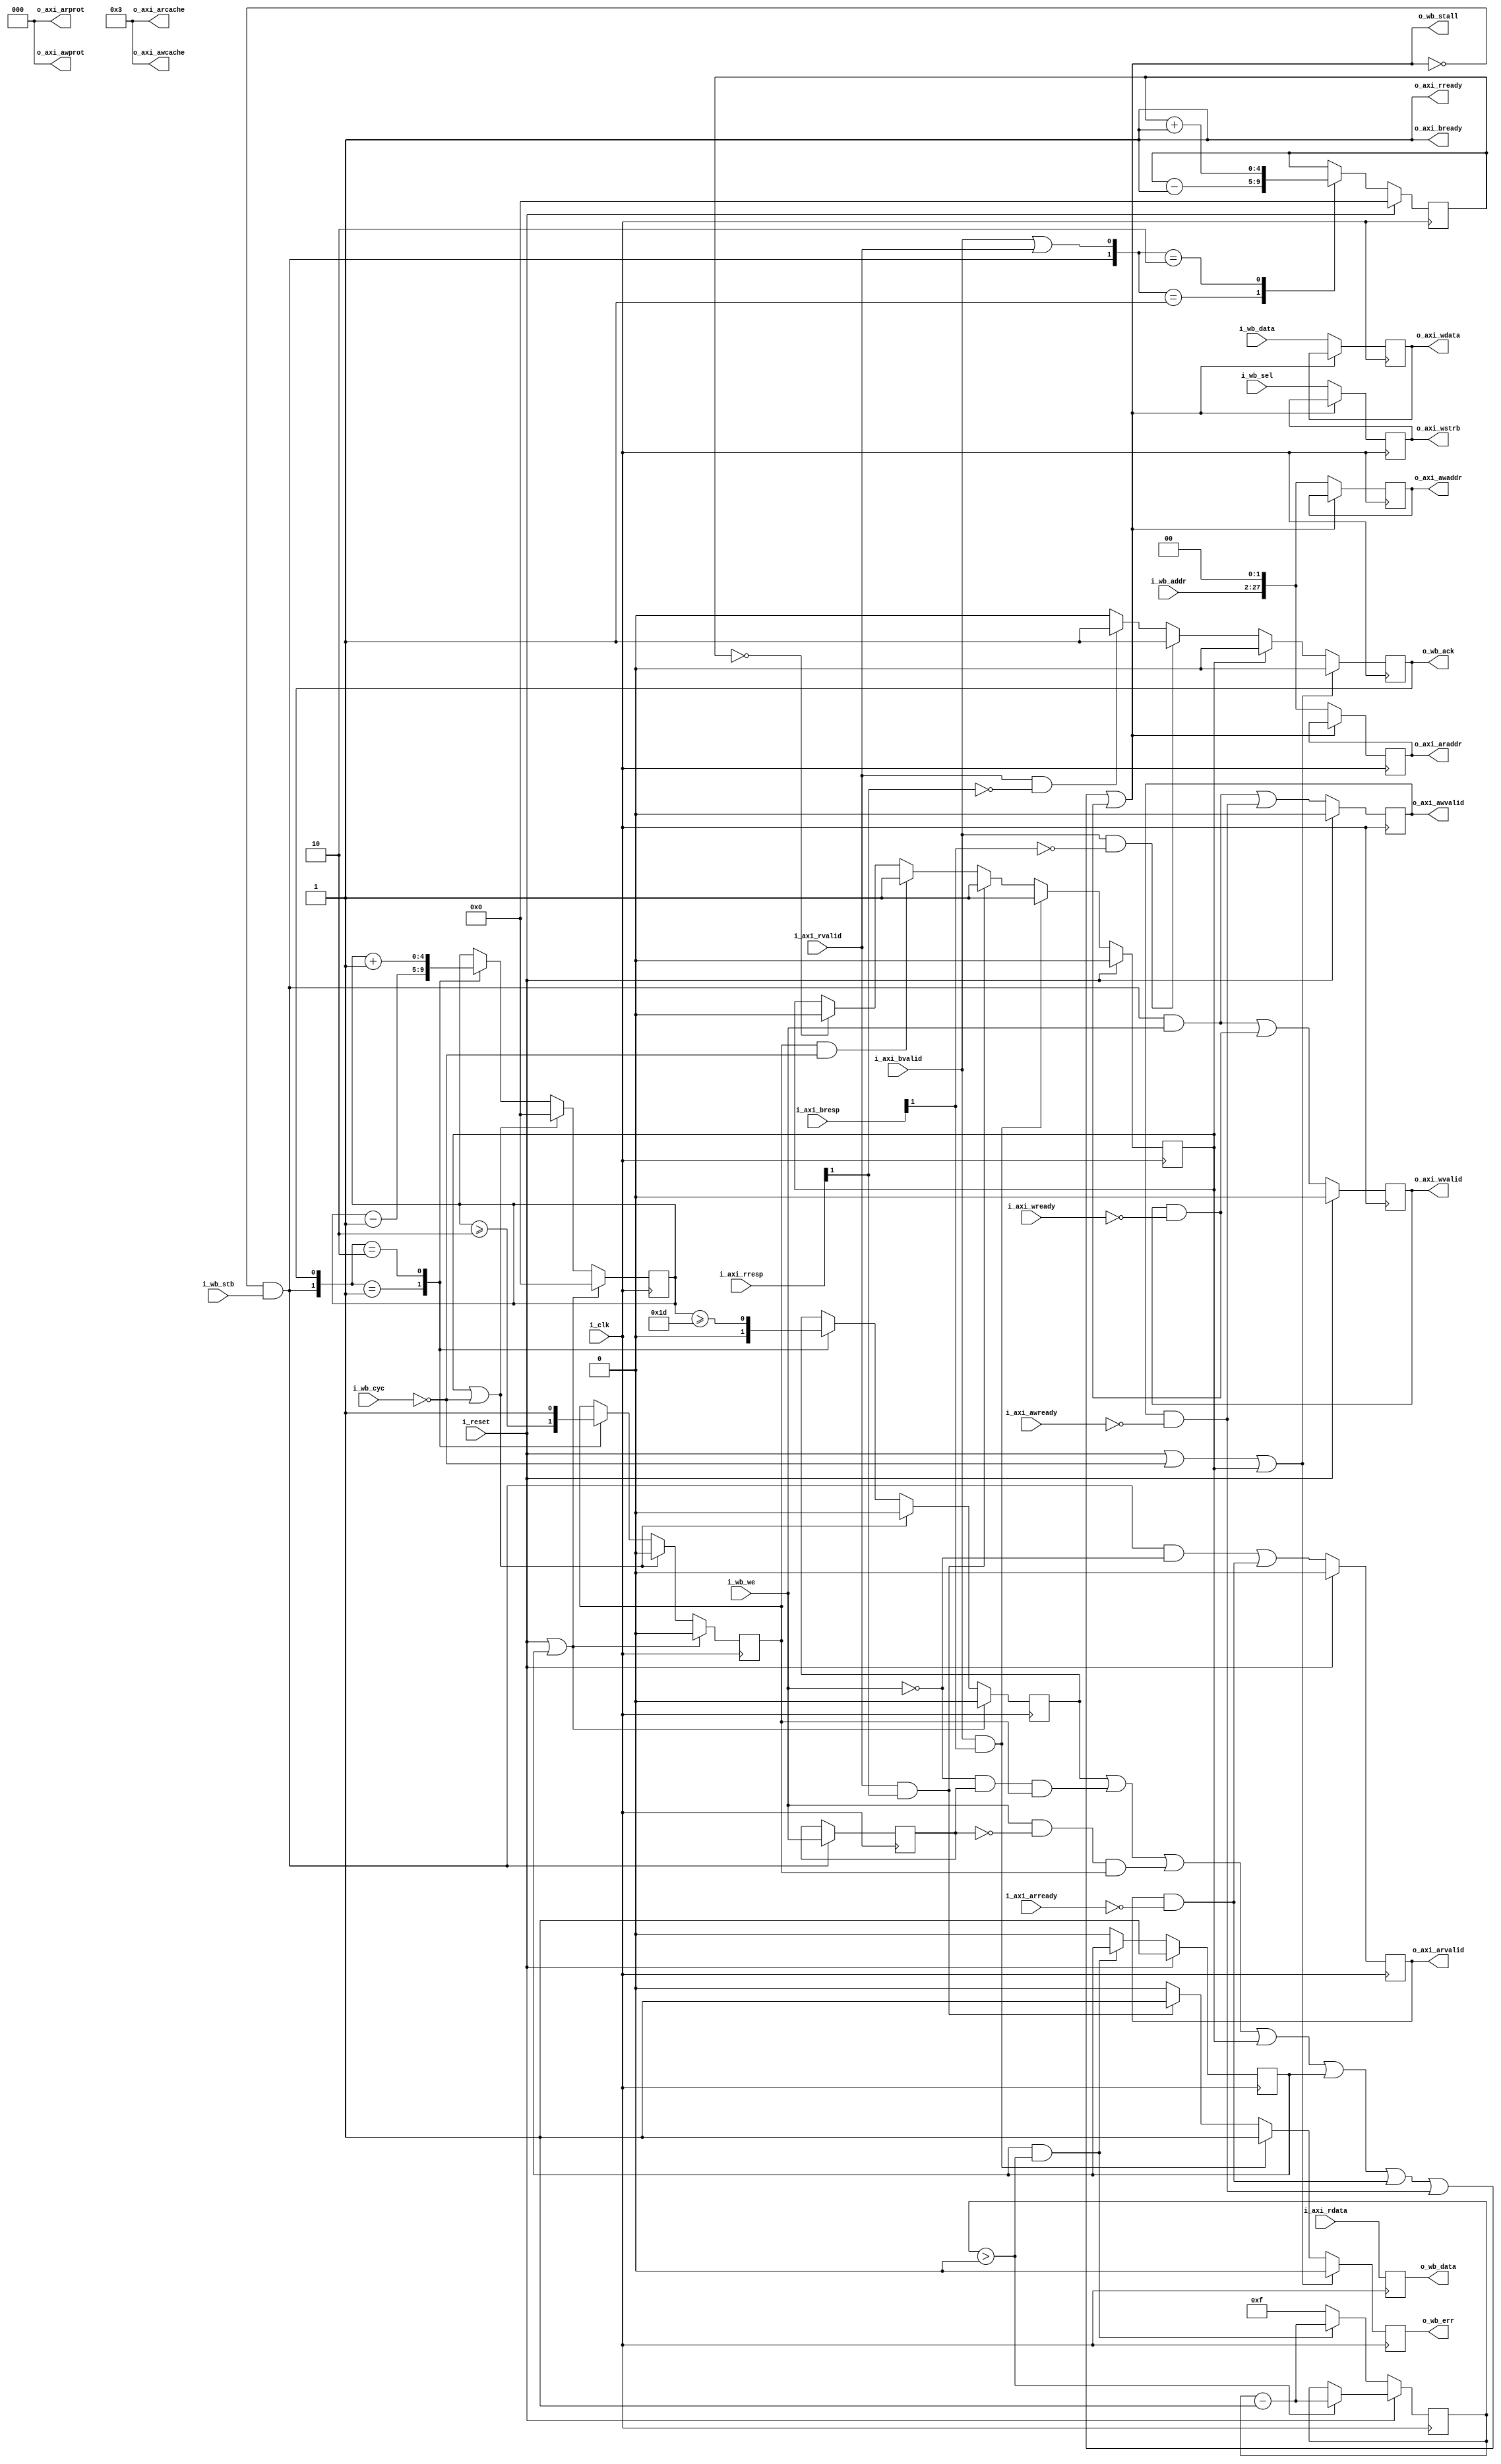
////////////////////////////////////////////////////////////////////////////////
//
//
// Project:	Pipelined Wishbone to AXI converter
//
// Purpose:	Convert from a wishbone master to an AXI lite interface.  The
//		big difference is that AXI lite doesn't support bursting,
//	or transaction ID's.  This actually makes the task a *LOT* easier.
//
// Creator:	Dan Gisselquist, Ph.D.
//		Gisselquist Technology, LLC
//
////////////////////////////////////////////////////////////////////////////////
//
// Copyright (C) 2018-2019, Gisselquist Technology, LLC
//
// This file is part of the pipelined Wishbone to AXI converter project, a
// project that contains multiple bus bridging designs and formal bus property
// sets.
//
// The bus bridge designs and property sets are free RTL designs: you can
// redistribute them and/or modify any of them under the terms of the GNU
// Lesser General Public License as published by the Free Software Foundation,
// either version 3 of the License, or (at your option) any later version.
//
// The bus bridge designs and property sets are distributed in the hope that
// they will be useful, but WITHOUT ANY WARRANTY; without even the implied
// warranty of MERCHANTIBILITY or FITNESS FOR A PARTICULAR PURPOSE.  See the
// GNU Lesser General Public License for more details.
//
// You should have received a copy of the GNU Lesser General Public License
// along with these designs.  (It's in the $(ROOT)/doc directory.  Run make
// with no target there if the PDF file isn't present.)  If not, see
// <http://www.gnu.org/licenses/> for a copy.
//
// License:	LGPL, v3, as defined and found on www.gnu.org,
//		http://www.gnu.org/licenses/lgpl.html
//
////////////////////////////////////////////////////////////////////////////////
//
//
`default_nettype	none
//
module wbm2axilite (
	i_clk, i_reset,
	// AXI write address channel signals
	i_axi_awready, o_axi_awaddr, o_axi_awcache, o_axi_awprot, o_axi_awvalid,
	// AXI write data channel signals
	i_axi_wready, o_axi_wdata, o_axi_wstrb, o_axi_wvalid,
	// AXI write response channel signals
	i_axi_bresp, i_axi_bvalid, o_axi_bready,
	// AXI read address channel signals
	i_axi_arready, o_axi_araddr, o_axi_arcache, o_axi_arprot, o_axi_arvalid,
	// AXI read data channel signals   
	i_axi_rresp, i_axi_rvalid, i_axi_rdata, o_axi_rready,
	// We'll share the clock and the reset
	i_wb_cyc, i_wb_stb, i_wb_we, i_wb_addr, i_wb_data, i_wb_sel,
		o_wb_ack, o_wb_stall, o_wb_data, o_wb_err);

	localparam C_AXI_DATA_WIDTH	=  32;// Width of the AXI R&W data
	parameter C_AXI_ADDR_WIDTH	=  28;// AXI Address width
	localparam DW			=  C_AXI_DATA_WIDTH;// Wishbone data width
	parameter AW			=  C_AXI_ADDR_WIDTH-2;// WB addr width (log wordsize)
	input	wire			i_clk;	// System clock
	input	wire			i_reset;// Reset signal,drives AXI rst

// AXI write address channel signals
	input	wire			i_axi_awready;//Slave is ready to accept
	output	reg	[C_AXI_ADDR_WIDTH-1:0]	o_axi_awaddr;	// Write address
	output	wire	[3:0]		o_axi_awcache;	// Write Cache type
	output	wire	[2:0]		o_axi_awprot;	// Write Protection type
	output	reg			o_axi_awvalid;	// Write address valid

// AXI write data channel signals
	input	wire			i_axi_wready;  // Write data ready
	output	reg	[C_AXI_DATA_WIDTH-1:0]	o_axi_wdata;	// Write data
	output	reg	[C_AXI_DATA_WIDTH/8-1:0] o_axi_wstrb;	// Write strobes
	output	reg			o_axi_wvalid;	// Write valid

// AXI write response channel signals
	input	wire [1:0]		i_axi_bresp;	// Write response
	input	wire			i_axi_bvalid;  // Write reponse valid
	output	wire			o_axi_bready;  // Response ready

// AXI read address channel signals
	input	wire			i_axi_arready;	// Read address ready
	output	reg	[C_AXI_ADDR_WIDTH-1:0]	o_axi_araddr;	// Read address
	output	wire	[3:0]		o_axi_arcache;	// Read Cache type
	output	wire	[2:0]		o_axi_arprot;	// Read Protection type
	output	reg			o_axi_arvalid;	// Read address valid

// AXI read data channel signals   
	input	wire	[1:0]		i_axi_rresp;   // Read response
	input	wire			i_axi_rvalid;  // Read reponse valid
	input wire [C_AXI_DATA_WIDTH-1:0] i_axi_rdata;    // Read data
	output	wire			o_axi_rready;  // Read Response ready

	// We'll share the clock and the reset
	input	wire			i_wb_cyc;
	input	wire			i_wb_stb;
	input	wire			i_wb_we;
	input	wire	[(AW-1):0]	i_wb_addr;
	input	wire	[(DW-1):0]	i_wb_data;
	input	wire	[(DW/8-1):0]	i_wb_sel;
	output	reg			o_wb_ack;
	output	wire			o_wb_stall;
	output	reg	[(DW-1):0]	o_wb_data;
	output	reg			o_wb_err;

//*****************************************************************************
// Local Parameter declarations
//*****************************************************************************

	localparam	LG_AXI_DW	= ( C_AXI_DATA_WIDTH ==   8) ? 3
					: ((C_AXI_DATA_WIDTH ==  16) ? 4
					: ((C_AXI_DATA_WIDTH ==  32) ? 5
					: ((C_AXI_DATA_WIDTH ==  64) ? 6
					: ((C_AXI_DATA_WIDTH == 128) ? 7
					: 8))));

	localparam	LG_WB_DW	= ( DW ==   8) ? 3
					: ((DW ==  16) ? 4
					: ((DW ==  32) ? 5
					: ((DW ==  64) ? 6
					: ((DW == 128) ? 7
					: 8))));
	localparam	LGFIFOLN = 5;
	localparam	FIFOLN = (1<<LGFIFOLN);


//*****************************************************************************
// Internal register and wire declarations
//*****************************************************************************

// Things we're not changing ...
	assign o_axi_awcache = 4'h3;	// Normal: no cache, no buffer
	assign o_axi_arcache = 4'h3;	// Normal: no cache, no buffer
	assign o_axi_awprot  = 3'b000;	// Unpriviledged, unsecure, data access
	assign o_axi_arprot  = 3'b000;	// Unpriviledged, unsecure, data access

	reg	full_fifo, err_state, axi_reset_state, wb_we;
	reg	[3:0]	reset_count;
	reg			pending;
	reg	[LGFIFOLN-1:0]	outstanding, err_pending;


// Master bridge logic
	assign	o_wb_stall = (full_fifo)
			||((!i_wb_we)&&( wb_we)&&(pending))
			||(( i_wb_we)&&(!wb_we)&&(pending))
			||(err_state)||(axi_reset_state)
			||(o_axi_arvalid)&&(!i_axi_arready)
			||(o_axi_awvalid)&&(!i_axi_awready)
			||(o_axi_wvalid)&&(!i_axi_wready);

	initial	axi_reset_state = 1'b1;
	initial	reset_count = 4'hf;
	always @(posedge i_clk)
	if (i_reset)
	begin
		axi_reset_state <= 1'b1;
		if (reset_count > 0)
			reset_count <= reset_count - 1'b1;
	end else if ((axi_reset_state)&&(reset_count > 0))
		reset_count <= reset_count - 1'b1;
	else begin
		axi_reset_state <= 1'b0;
		reset_count <= 4'hf;
	end

	// Count outstanding transactions
	initial	pending = 0;
	initial	outstanding = 0;
	always @(posedge i_clk)
	if ((i_reset)||(axi_reset_state))
	begin
		pending <= 0;
		outstanding <= 0;
		full_fifo <= 0;
	end else if ((err_state)||(!i_wb_cyc))
	begin
		pending <= 0;
		outstanding <= 0;
		full_fifo <= 0;
	end else case({ ((i_wb_stb)&&(!o_wb_stall)), (o_wb_ack) })
	2'b01: begin
		outstanding <= outstanding - 1'b1;
		pending <= (outstanding >= 2);
		full_fifo <= 1'b0;
		end
	2'b10: begin
		outstanding <= outstanding + 1'b1;
		pending <= 1'b1;
		full_fifo <= (outstanding >= {{(LGFIFOLN-2){1'b1}},2'b01});;
		end
	default: begin end
	endcase

	always @(posedge i_clk)
	if ((i_wb_stb)&&(!o_wb_stall))
		wb_we <= i_wb_we;

	//
	//
	// Write address logic
	//
	initial	o_axi_awvalid = 0;
	always @(posedge i_clk)
	if (i_reset)
		o_axi_awvalid <= 0;
	else
		o_axi_awvalid <= (!o_wb_stall)&&(i_wb_stb)&&(i_wb_we)
			||(o_axi_awvalid)&&(!i_axi_awready);

	always @(posedge i_clk)
	if (!o_wb_stall)
		o_axi_awaddr <= { i_wb_addr, 2'b00 };

	//
	//
	// Read address logic
	//
	initial	o_axi_arvalid = 1'b0;
	always @(posedge i_clk)
	if (i_reset)
		o_axi_arvalid <= 1'b0;
	else
		o_axi_arvalid <= (!o_wb_stall)&&(i_wb_stb)&&(!i_wb_we)
			||((o_axi_arvalid)&&(!i_axi_arready));
	always @(posedge i_clk)
	if (!o_wb_stall)
		o_axi_araddr <= { i_wb_addr, 2'b00 };

	//
	//
	// Write data logic
	//
	always @(posedge i_clk)
	if (!o_wb_stall)
	begin
		o_axi_wdata <= i_wb_data;
		o_axi_wstrb <= i_wb_sel;
	end

	initial	o_axi_wvalid = 0;
	always @(posedge i_clk)
	if (i_reset)
		o_axi_wvalid <= 0;
	else
		o_axi_wvalid <= ((!o_wb_stall)&&(i_wb_stb)&&(i_wb_we))
			||((o_axi_wvalid)&&(!i_axi_wready));

	initial	o_wb_ack = 1'b0;
	always @(posedge i_clk)
	if ((i_reset)||(!i_wb_cyc)||(err_state))
		o_wb_ack <= 1'b0;
	else if (err_state)
		o_wb_ack <= 1'b0;
	else if ((i_axi_bvalid)&&(!i_axi_bresp[1]))
		o_wb_ack <= 1'b1;
	else if ((i_axi_rvalid)&&(!i_axi_rresp[1]))
		o_wb_ack <= 1'b1;
	else
		o_wb_ack <= 1'b0;

	always @(posedge i_clk)
		o_wb_data <= i_axi_rdata;

	// Read data channel / response logic
	assign	o_axi_rready = 1'b1;
	assign	o_axi_bready = 1'b1;

	initial	o_wb_err = 1'b0;
	always @(posedge i_clk)
	if ((i_reset)||(!i_wb_cyc)||(err_state))
		o_wb_err <= 1'b0;
	else if ((i_axi_bvalid)&&(i_axi_bresp[1]))
		o_wb_err <= 1'b1;
	else if ((i_axi_rvalid)&&(i_axi_rresp[1]))
		o_wb_err <= 1'b1;
	else
		o_wb_err <= 1'b0;

	initial	err_state = 1'b0;
	always @(posedge i_clk)
	if (i_reset)
		err_state <= 0;
	else if ((i_axi_bvalid)&&(i_axi_bresp[1]))
		err_state <= 1'b1;
	else if ((i_axi_rvalid)&&(i_axi_rresp[1]))
		err_state <= 1'b1;
	else if ((pending)&&(!i_wb_cyc))
		err_state <= 1'b1;
	else if (err_pending == 0)
		err_state <= 0;

	initial	err_pending = 0;
	always @(posedge i_clk)
	if (i_reset)
		err_pending <= 0;
	else case({ ((i_wb_stb)&&(!o_wb_stall)),
					((i_axi_bvalid)||(i_axi_rvalid)) })
	2'b01: err_pending <= err_pending - 1'b1;
	2'b10: err_pending <= err_pending + 1'b1;
	default: begin end
	endcase

	// Make verilator happy
	// verilator lint_off UNUSED
	wire	[2:0]	unused;
	assign	unused = { i_wb_cyc, i_axi_bresp[0], i_axi_rresp[0] };
	// verilator lint_on  UNUSED

/////////////////////////////////////////////////////////////////////////
//
//
//
// Formal methods section
//
// These are only relevant when *proving* that this translator works
//
//
//
/////////////////////////////////////////////////////////////////////////
`ifdef	FORMAL
	reg	f_past_valid;
//
`define	ASSUME	assume
`define	ASSERT	assert

	// Parameters
	initial	assert(DW == 32);
	initial	assert(C_AXI_ADDR_WIDTH == AW+2);
	//

	//
	// Setup
	//
	initial	f_past_valid = 1'b0;
	always @(posedge i_clk)
		f_past_valid <= 1'b1;

	always @(*)
	if (!f_past_valid)
		`ASSUME(i_reset);

	//////////////////////////////////////////////
	//
	//
	// Assumptions about the WISHBONE inputs
	//
	//
	//////////////////////////////////////////////
	assume property(f_past_valid || i_reset);

	wire	[(LGFIFOLN-1):0]	f_wb_nreqs, f_wb_nacks,f_wb_outstanding;
	fwb_slave #(.DW(DW),.AW(AW),
			.F_MAX_STALL(0),
			.F_MAX_ACK_DELAY(0),
			.F_LGDEPTH(LGFIFOLN),
			.F_MAX_REQUESTS(FIFOLN-2))
		f_wb(i_clk, i_reset, i_wb_cyc, i_wb_stb, i_wb_we, i_wb_addr,
					i_wb_data, i_wb_sel,
				o_wb_ack, o_wb_stall, o_wb_data, o_wb_err,
			f_wb_nreqs, f_wb_nacks, f_wb_outstanding);

	wire	[(LGFIFOLN-1):0]	f_axi_rd_outstanding,
					f_axi_wr_outstanding,
					f_axi_awr_outstanding;

	faxil_master #(
		// .C_AXI_DATA_WIDTH(C_AXI_DATA_WIDTH),
		.C_AXI_ADDR_WIDTH(C_AXI_ADDR_WIDTH),
		.F_LGDEPTH(LGFIFOLN),
		.F_AXI_MAXWAIT(3),
		.F_OPT_HAS_CACHE(1'b1),
		.F_AXI_MAXDELAY(3))
		f_axil(.i_clk(i_clk),
			.i_axi_reset_n((!i_reset)&&(!axi_reset_state)),
			// Write address channel
			.i_axi_awready(i_axi_awready), 
			.i_axi_awaddr( o_axi_awaddr), 
			.i_axi_awcache(o_axi_awcache), 
			.i_axi_awprot( o_axi_awprot), 
			.i_axi_awvalid(o_axi_awvalid), 
			// Write data channel
			.i_axi_wready( i_axi_wready),
			.i_axi_wdata(  o_axi_wdata),
			.i_axi_wstrb(  o_axi_wstrb),
			.i_axi_wvalid( o_axi_wvalid),
			// Write response channel
			.i_axi_bresp(  i_axi_bresp),
			.i_axi_bvalid( i_axi_bvalid),
			.i_axi_bready( o_axi_bready),
			// Read address channel
			.i_axi_arready(i_axi_arready),
			.i_axi_araddr( o_axi_araddr),
			.i_axi_arcache(o_axi_arcache),
			.i_axi_arprot( o_axi_arprot),
			.i_axi_arvalid(o_axi_arvalid),
			// Read data channel
			.i_axi_rresp(  i_axi_rresp),
			.i_axi_rvalid( i_axi_rvalid),
			.i_axi_rdata(  i_axi_rdata),
			.i_axi_rready( o_axi_rready),
			// Counts
			.f_axi_rd_outstanding( f_axi_rd_outstanding),
			.f_axi_wr_outstanding( f_axi_wr_outstanding),
			.f_axi_awr_outstanding( f_axi_awr_outstanding)
		);

	//////////////////////////////////////////////
	//
	//
	// Assumptions about the AXI inputs
	//
	//
	//////////////////////////////////////////////


	//////////////////////////////////////////////
	//
	//
	// Assertions about the AXI4 ouputs
	//
	//
	//////////////////////////////////////////////

	// Write response channel
	always @(posedge i_clk)
		// We keep bready high, so the other condition doesn't
		// need to be checked
		assert(o_axi_bready);

	// AXI read data channel signals
	always @(posedge i_clk)
		// We keep o_axi_rready high, so the other condition's
		// don't need to be checked here
		assert(o_axi_rready);

	//
	// Let's look into write requests
	//
	initial	assert(!o_axi_awvalid);
	initial	assert(!o_axi_wvalid);
	always @(posedge i_clk)
	if ((!f_past_valid)||($past(i_reset))||($past(axi_reset_state)))
	begin
		assert(!o_axi_awvalid);
		assert(!o_axi_wvalid);
	end

	always @(posedge i_clk)
	if ((f_past_valid)&&(!$past(i_reset))
		&&($past((i_wb_stb)&&(i_wb_we)&&(!o_wb_stall))))
	begin
		// Following any write request that we accept, awvalid
		// and wvalid should both be true
		assert(o_axi_awvalid);
		assert(o_axi_wvalid);
		assert(wb_we);
	end else if ((f_past_valid)&&($past(i_reset)))
	begin
		if ($past(i_axi_awready))
			assert(!o_axi_awvalid);
		if ($past(i_axi_wready))
			assert(!o_axi_wvalid);
	end

	//
	// AXI write address channel
	//
	always @(posedge i_clk)
	if ((f_past_valid)&&($past((i_wb_stb)&&(i_wb_we)&&(!o_wb_stall))))
		assert(o_axi_awaddr == { $past(i_wb_addr[AW-1:0]), 2'b00 });

	//
	// AXI write data channel
	//
	always @(posedge i_clk)
	if ((f_past_valid)&&($past(i_wb_stb)&&(i_wb_we)&&(!$past(o_wb_stall))))
	begin
		assert(o_axi_wdata == $past(i_wb_data));
		assert(o_axi_wstrb == $past(i_wb_sel));
	end

	//
	// AXI read address channel
	//
	initial	assert(!o_axi_arvalid);
	always @(posedge i_clk)
	if ((f_past_valid)&&(!$past(i_reset))
		&&($past((i_wb_stb)&&(!i_wb_we)&&(!o_wb_stall))))
	begin
		assert(o_axi_arvalid);
		assert(o_axi_araddr == { $past(i_wb_addr), 2'b00 });
	end
	//

	//
	// AXI write response channel
	//

	//
	// AXI read data channel signals
	//
	always @(posedge i_clk)
	if ((f_past_valid)&&(($past(i_reset))||($past(axi_reset_state))))
	begin
		// Relate err_pending to outstanding
		assert(outstanding == 0);
		assert(err_pending == 0);
	end else if (!err_state)
		assert(err_pending == outstanding - ((o_wb_ack)||(o_wb_err)));

	always @(posedge i_clk)
	if ((f_past_valid)&&(($past(i_reset))||($past(axi_reset_state))))
	begin
		assert(f_axi_awr_outstanding == 0);
		assert(f_axi_wr_outstanding == 0);
		assert(f_axi_rd_outstanding == 0);

		assert(f_wb_outstanding == 0);
		assert(!pending);
		assert(outstanding == 0);
		assert(err_pending == 0);
	end else if (wb_we)
	begin
		case({o_axi_awvalid,o_axi_wvalid})
		2'b00: begin
			`ASSERT(f_axi_awr_outstanding   == err_pending);
			`ASSERT(f_axi_wr_outstanding    == err_pending);
			end
		2'b01: begin
			`ASSERT(f_axi_awr_outstanding   == err_pending);
			`ASSERT(f_axi_wr_outstanding +1 == err_pending);
			end
		2'b10: begin
			`ASSERT(f_axi_awr_outstanding+1 == err_pending);
			`ASSERT(f_axi_wr_outstanding    == err_pending);
			end
		2'b11: begin
			`ASSERT(f_axi_awr_outstanding+1 == err_pending);
			`ASSERT(f_axi_wr_outstanding +1 == err_pending);
			end
		endcase

		//
		`ASSERT(!o_axi_arvalid);
		`ASSERT(f_axi_rd_outstanding == 0);
	end else begin
		if (!o_axi_arvalid)
			`ASSERT(f_axi_rd_outstanding == err_pending);
		else
			`ASSERT(f_axi_rd_outstanding+1 == err_pending);

		`ASSERT(!o_axi_awvalid);
		`ASSERT(!o_axi_wvalid);
		`ASSERT(f_axi_awr_outstanding == 0);
		`ASSERT(f_axi_wr_outstanding == 0);
	end

	always @(*)
	if ((!i_reset)&&(i_wb_cyc)&&(!err_state))
		`ASSERT(f_wb_outstanding == outstanding);

	always @(posedge i_clk)
	if ((f_past_valid)&&(err_state))
		`ASSERT((o_wb_err)||(f_wb_outstanding == 0));

	always @(posedge i_clk)
		`ASSERT(pending == (outstanding != 0));
	//
	// Make sure we only create one request at a time
	always @(posedge i_clk)
		`ASSERT((!o_axi_arvalid)||(!o_axi_wvalid));
	always @(posedge i_clk)
		`ASSERT((!o_axi_arvalid)||(!o_axi_awvalid));
	always @(posedge i_clk)
	if (wb_we)
		`ASSERT(!o_axi_arvalid);
	else
		`ASSERT((!o_axi_awvalid)&&(!o_axi_wvalid));

	always @(*)
	if (&outstanding[LGFIFOLN-1:1])
		`ASSERT(full_fifo);
	always @(*)
		assert(outstanding < {(LGFIFOLN){1'b1}});

	// AXI cover results
	always @(*)
		cover(i_axi_bvalid && o_axi_bready);
	always @(*)
		cover(i_axi_rvalid && o_axi_rready);

	always @(posedge i_clk)
		cover(i_axi_bvalid && o_axi_bready
			&& $past(i_axi_bvalid && o_axi_bready)
			&& $past(i_axi_bvalid && o_axi_bready,2));

	always @(posedge i_clk)
		cover(i_axi_rvalid && o_axi_rready
			&& $past(i_axi_rvalid && o_axi_rready)
			&& $past(i_axi_rvalid && o_axi_rready,2));

	// AXI cover requests
	always @(posedge i_clk)
		cover(o_axi_arvalid && i_axi_arready
			&& $past(o_axi_arvalid && i_axi_arready)
			&& $past(o_axi_arvalid && i_axi_arready,2));

	always @(posedge i_clk)
		cover(o_axi_awvalid && i_axi_awready
			&& $past(o_axi_awvalid && i_axi_awready)
			&& $past(o_axi_awvalid && i_axi_awready,2));

	always @(posedge i_clk)
		cover(o_axi_wvalid && i_axi_wready
			&& $past(o_axi_wvalid && i_axi_wready)
			&& $past(o_axi_wvalid && i_axi_wready,2));

	always @(*)
		cover(i_axi_rvalid && o_axi_rready);

	// Wishbone cover results
	always @(*)
		cover(i_wb_cyc && o_wb_ack);

	always @(posedge i_clk)
		cover(i_wb_cyc && o_wb_ack
			&& $past(o_wb_ack)&&$past(o_wb_ack,2));

`endif
endmodule